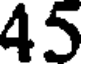
45